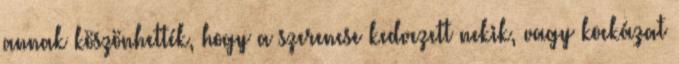
annak köszönhették, hogy a szerencse kedvezett nekik, vagy kockázat